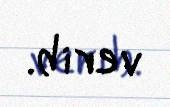
verib.